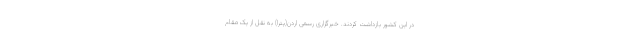
در این کشور بازداشت کردند. خبرگزاری رسمی اردن(پترا) به نقل از یک مقام